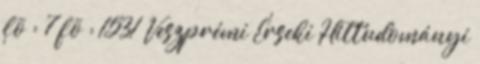
fõ : 7 fõ : 1531 Veszprémi Érseki Hittudományi